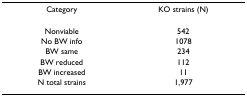
<table><thead><tr><td><b>Category</b></td><td><b>KO strains (N)</b></td></tr></thead><tbody><tr><td>Nonviable</td><td>542</td></tr><tr><td>No BW info</td><td>1078</td></tr><tr><td>BW same</td><td>234</td></tr><tr><td>BW reduced</td><td>112</td></tr><tr><td>BW increased</td><td>11</td></tr><tr><td>N total strains</td><td>1,977</td></tr></tbody></table>